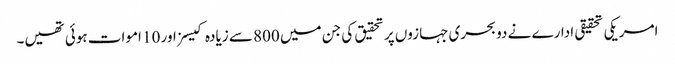
امریکی تحقیقی ادارے نے دو بحری جہازوں پر تحقیق کی جن میں 800 سے زیادہ کیسز اور 10 اموات ہوئی تھیں۔